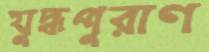
যুদ্ধপুরাণ